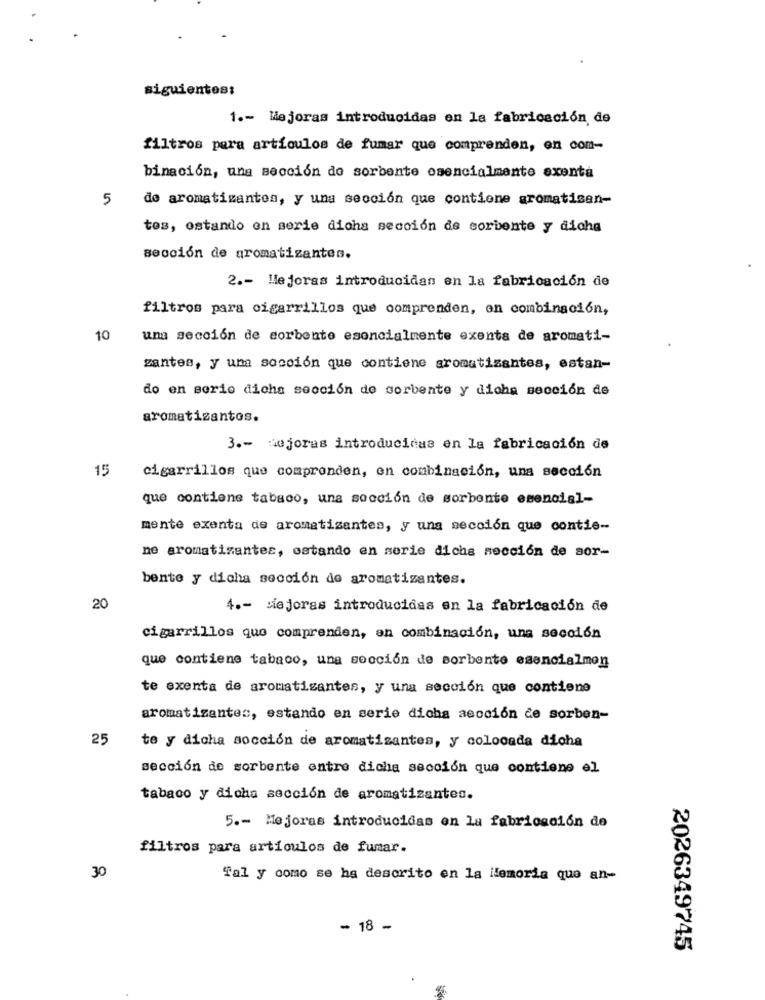
siguientes:
1 .- Mejoras introducidas en la fabricación de
filtros para artículos de fumar que comprenden, en com-
binación, una sección do sorbente esencialmente exenta
5
de aromatizantes, y una sección que contiene aromatisen-
tes, estando en serie dicha sección de sorbente y dicha
sección de aromatizantes.
2 .- Mejoras introducidan en la fabricación de
filtros para cigarrillos que comprenden, en combinación,
10
una sección de sorbente esencialmente exenta de aromati-
zantes, y una socción que contiene aromatizantes, estan-
do en serio dicha sección de sorbente y dicha sección de
aromatisantos.
3 .- mejoras introducidas en la fabricación de
15
cigarrillos que comprenden, en combinación, una sección
que contiene tabaco, una sección de sorbente esencial-
mente exenta de aromatizantes, y una sección que contie-
ne aromatizantes, estando en serie dicha sección de sor-
bente y dicha sección de aromatizantes.
20
4 .- Mejoras introducidas en la fabricación de
cigarrillos que comprenden, an combinación, una sección
que contiene tabaco, una sección de sorbente esencialmon
te exenta de aromatizantes, y una sección que contiene
aromatizantes, estando en serie dicha sección de sorben-
25
te y dicha socción de aromatizantes, y colocada dicha
sección de sorbente entre dicha sección que contiene el
tabaco y dicha sección de aromatizantes.
5 .- Mejoras introducidas en la fabricación de
filtros para artículos de fumar.
30
Tal y como se ha descrito en la ilemoria que an-
- 18 -
2026349745